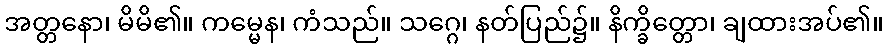
အတ္တနော၊ မိမိ၏။ ကမ္မေန၊ ကံသည်။ သဂ္ဂေ၊ နတ်ပြည်၌။ နိက္ခိတ္တော၊ ချထားအပ်၏။